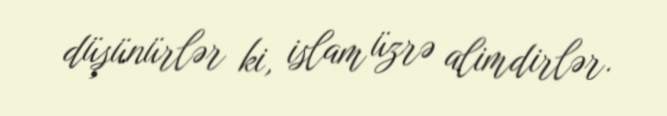
düşünürlər ki, islam üzrə alimdirlər.